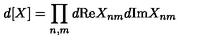
d [ X ] = \prod _ { n , m } d \mathrm { R e } X _ { n m } d \mathrm { I m } X _ { n m }